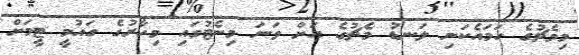
މިމެޗުގެ ހަމައެކަނި ލަނޑު މެޗުގެ އަށް ވަނަ މިނެޓުގައި މިހާރުގެ ގައުމީ ޓީމަށް